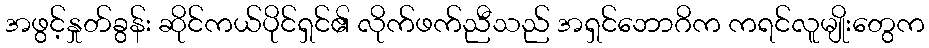
အဖွင့်နှုတ်ခွန်း ဆိုင်ကယ်ပိုင်ရှင်၏ လိုက်ဖက်ညီသည် အရှင်ဘောဂိက ကရင်လူမျိုးတွေက